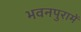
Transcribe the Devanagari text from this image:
भवनपुरामें